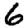
Digit: 6